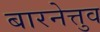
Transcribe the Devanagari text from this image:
बारनेत्तुव